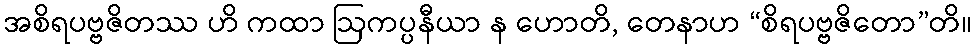
အစိရပဗ္ဗဇိတဿ ဟိ ကထာ ဩကပ္ပနီယာ န ဟောတိ, တေနာဟ “စိရပဗ္ဗဇိတော”တိ။